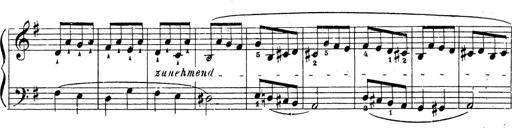
Title: 10 Sonatinas
Composer: Fritz Spindler